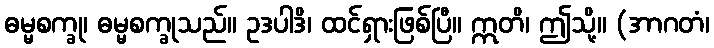
ဓမ္မစက္ခု၊ ဓမ္မစက္ခုသည်။ ဥဒပါဒိ၊ ထင်ရှားဖြစ်ပြီ။ ဣတိ၊ ဤသို့။ (အာဂတံ၊